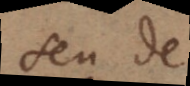
seu de